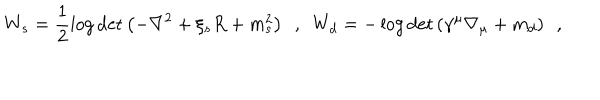
W _ { s } = \frac 1 2 \log \det \left( - \nabla ^ { 2 } + \xi _ { s } R + m _ { s } ^ { 2 } \right) ~ ~ , ~ ~ W _ { d } = - \log \det \left( \gamma ^ { \mu } \nabla _ { \mu } + m _ { d } \right) ~ ~ ,